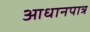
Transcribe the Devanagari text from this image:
आधानपात्र